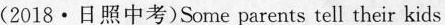
(2018·日照中考)Some parents tell their kids